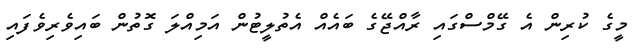
މީގެ ކުރިން އެ ގޭމްސްގައި ރާއްޖޭގެ ބައެއް އެތުލީޓުން އަމިއްލަ ގޮތުން ބައިވެރިވެފައި